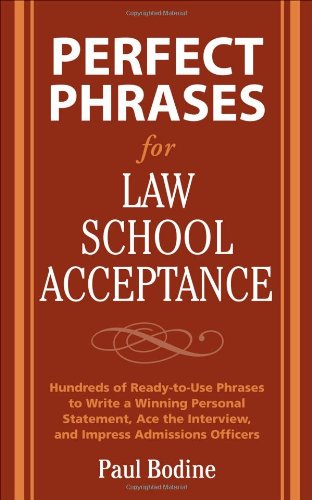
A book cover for Perfect Phrases for Law School Acceptance (Perfect Phrases Series); Paul Bodine; Education & Teaching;